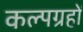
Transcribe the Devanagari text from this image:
कल्पग्रहों